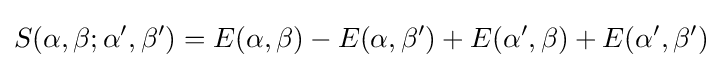
S(\alpha ,\beta ;\alpha ',\beta ')=E(\alpha ,\beta )-E(\alpha ,\beta ')+E(\alpha ',\beta )+E(\alpha ',\beta ')